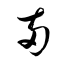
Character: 兩